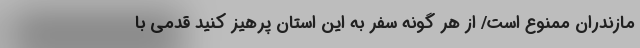
مازندران ممنوع است/ از هر گونه سفر به این استان پرهیز کنید قدمی با